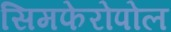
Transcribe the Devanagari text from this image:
सिमफेरोपोल